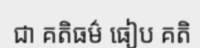
ជា គតិធម៌ ធៀប គតិ